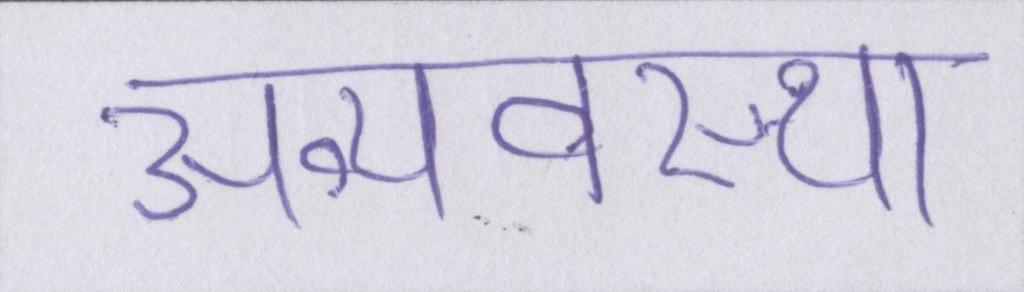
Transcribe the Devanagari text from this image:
अव्यवस्था